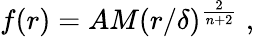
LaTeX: f(r)=AM(r/\delta)^{\frac{2}{n+2}}\; ,